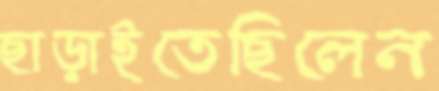
ছাড়াইতেছিলেন